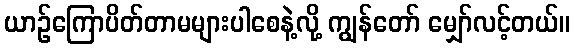
ယာဉ်ကြောပိတ်တာမများပါစေနဲ့လို့ ကျွန်တော် မျှော်လင့်တယ်။